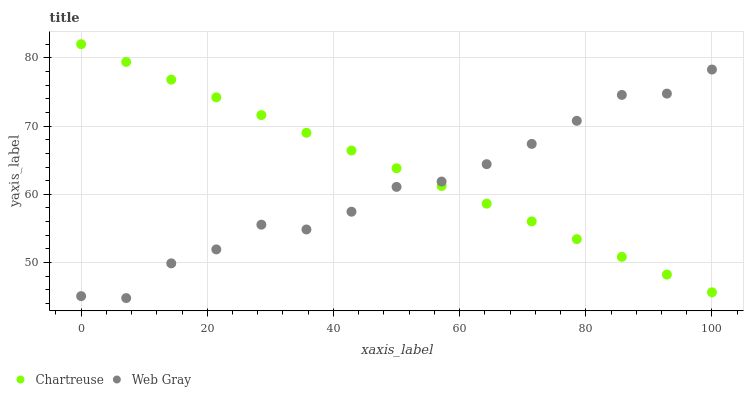
| xaxis_label | Chartreuse | Web Gray |
 | --- | --- | --- |
 | 0 | 82 | 45.1 |
 | 7.14 | 79.4 | 44.8 |
 | 14.3 | 76.8 | 49.9 |
 | 21.4 | 74.2 | 51.9 |
 | 28.6 | 71.6 | 55.6 |
 | 35.7 | 69 | 54.8 |
 | 42.9 | 66.4 | 57.5 |
 | 50 | 63.8 | 61.1 |
 | 57.1 | 61.2 | 61.9 |
 | 64.3 | 58.6 | 64.4 |
 | 71.4 | 56 | 67.4 |
 | 78.6 | 53.4 | 70.8 |
 | 85.7 | 50.8 | 74.6 |
 | 92.9 | 48.2 | 74.8 |
 | 100 | 45.6 | 78.3 |